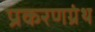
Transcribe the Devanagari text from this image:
प्रकरणग्रंथ